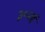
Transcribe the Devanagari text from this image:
३०२ई